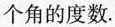
个角的度数。